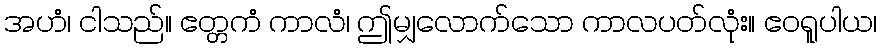
အဟံ၊ ငါသည်။ ဧတ္တကံ ကာလံ၊ ဤမျှလောက်သော ကာလပတ်လုံး။ ဧဝရူပါယ၊